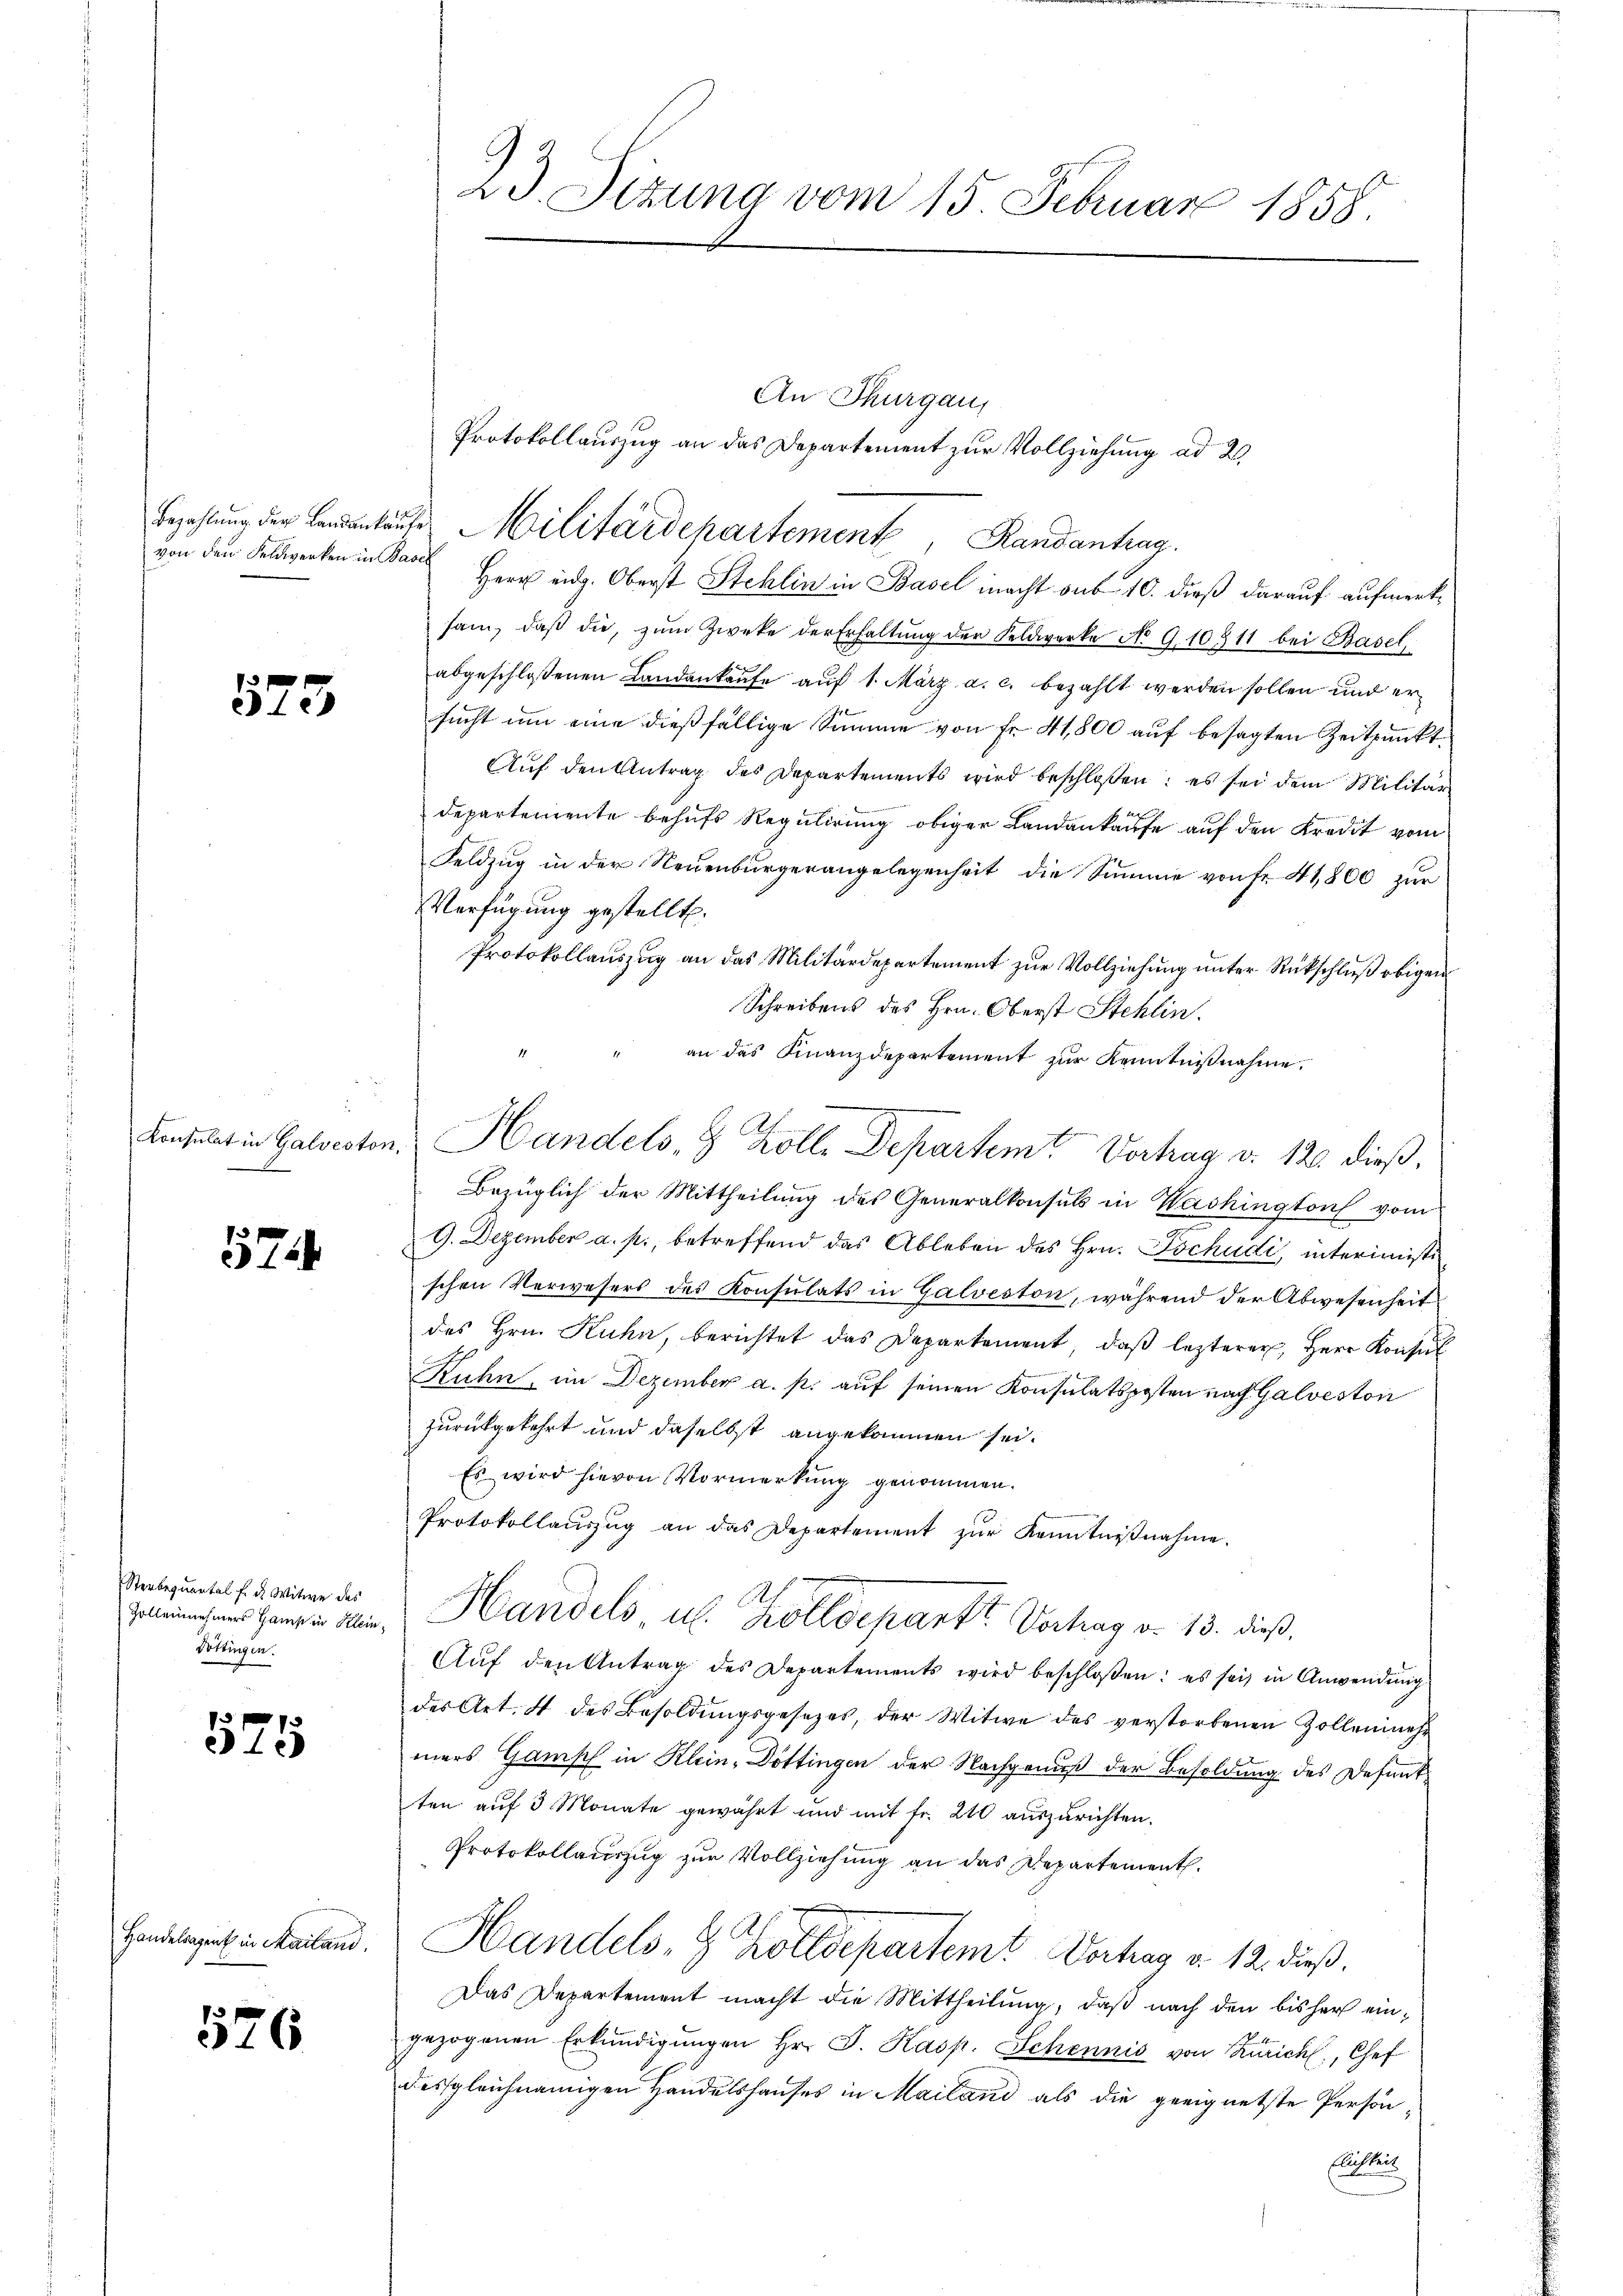
von den Feldwerken in Basel

573

574.

Sterbequartal f. d. Witwe des
Zollennehmers Haus in Klein,
Döttingen.

x
15

Handelangent in Mailand,

526

Bezahlŭng der Landankaŭfe Militärdehartement, Randantrag
Herr eidg. Oberst Stehlin in Basel macht aus 10. dieß darauf aufmerksam, daβ die, zŭm Zweke der Erhaltŭng der Feldwerke No 9.10311 bei Basel
abgeschlossenen Landankaufe auf 1. März a. c. bezahlt werden sollen und ersucht um eine dießfällige Summe von Fr. 41,800 auf besagten Zeitpunkt
Auf den Antrag des Departements wird beschloßen: es sei dem Militär
departemente behufs Regulirung obiger Landankaufe auf den Kredit vom
Feldzug in der Neuenburgerangelegenheit die Summe von fr. 41,800 zur
Verfügung gestellt.
Protokollaŭszŭg an das Militärdepartement zŭr Vollziehŭng ŭnter Rückschluß obigen
Schreibens des Hrn. Oberst Stehlin,
an das Finanzdepartement zur Kenntnißnahme.
Bezüglich der Mittheilung des Generalkonsuls in Washington vom
G. Dezember a. p., betreffend das Ableben des Hrn. Tschudi, interimistischen Verwesers des Konsulats in Galveston, während der Abwesenheit
des Hrn. Kuhn, berichtet das Departement, daß lezterer, Herr Konsul
Ruhn, im Dezember a. p. auf seinen Konsulatsposten nach Galveston
zurückgekehrt und daselbst angekommen sei.
Es wird hievon Vormerkung genommen.
Protokollaŭszŭg an das Departement zŭr Kenntniβnahme.
.
Handels u. Zolldepart? Vortrag d. 13. dieß,
Auf den Antrag des Departements wird beschloßen: es sei, in Anwendung
des Art. 4 des Besoldŭngsgesetzes, der Witwe des verstorbenen Zollenmehr
mers Gansch in Klein, Döttingen der Nachgenuß der Besoldung des Desentten auf 3 Monate gewährt und mit fr. 210 auszurichten.
Protokollauszug zur Vollziehung an das Departement.
Handels, 8 Dottes et Vortrag v. 12. dieß.
Das Departement macht die Mittheilung, daß nach den bisher eingezogenen Erkŭndigŭngen Hr. J. Kasp. Schennis von Zürich, Chef
desgleichnamigen Handelshauses in Mailand als die geeignetste Person
Austrei

23. Sizung vom 15. Februar 1858.

Af.
Konsulat in Galveston. Handels, 8 Kolle Departem Verhag d. 126. dieß,

An Thurgau,

Protokollauszug an das Departement zur Vollziehung ad 2